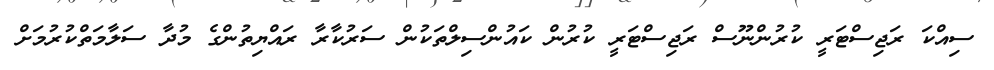
ސިއްކަ ރަޖިސްޓަރީ ކުރުންނޫސް ރަޖިސްޓަރީ ކުރުން ކައުންސިލްތަކުން ސަރުކާރާ ރައްޔިތުންގެ މުދާ ސަލާމަތްކުރުމަށް